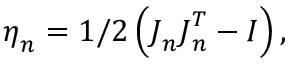
\boldsymbol { \eta } _ { n } = 1 / 2 \left( \boldsymbol { J } _ { n } \boldsymbol { J } _ { n } ^ { T } - I \right) ,